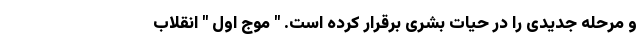
و مرحله جدیدی را در حیات بشری برقرار کرده است. " موج اول " انقلاب